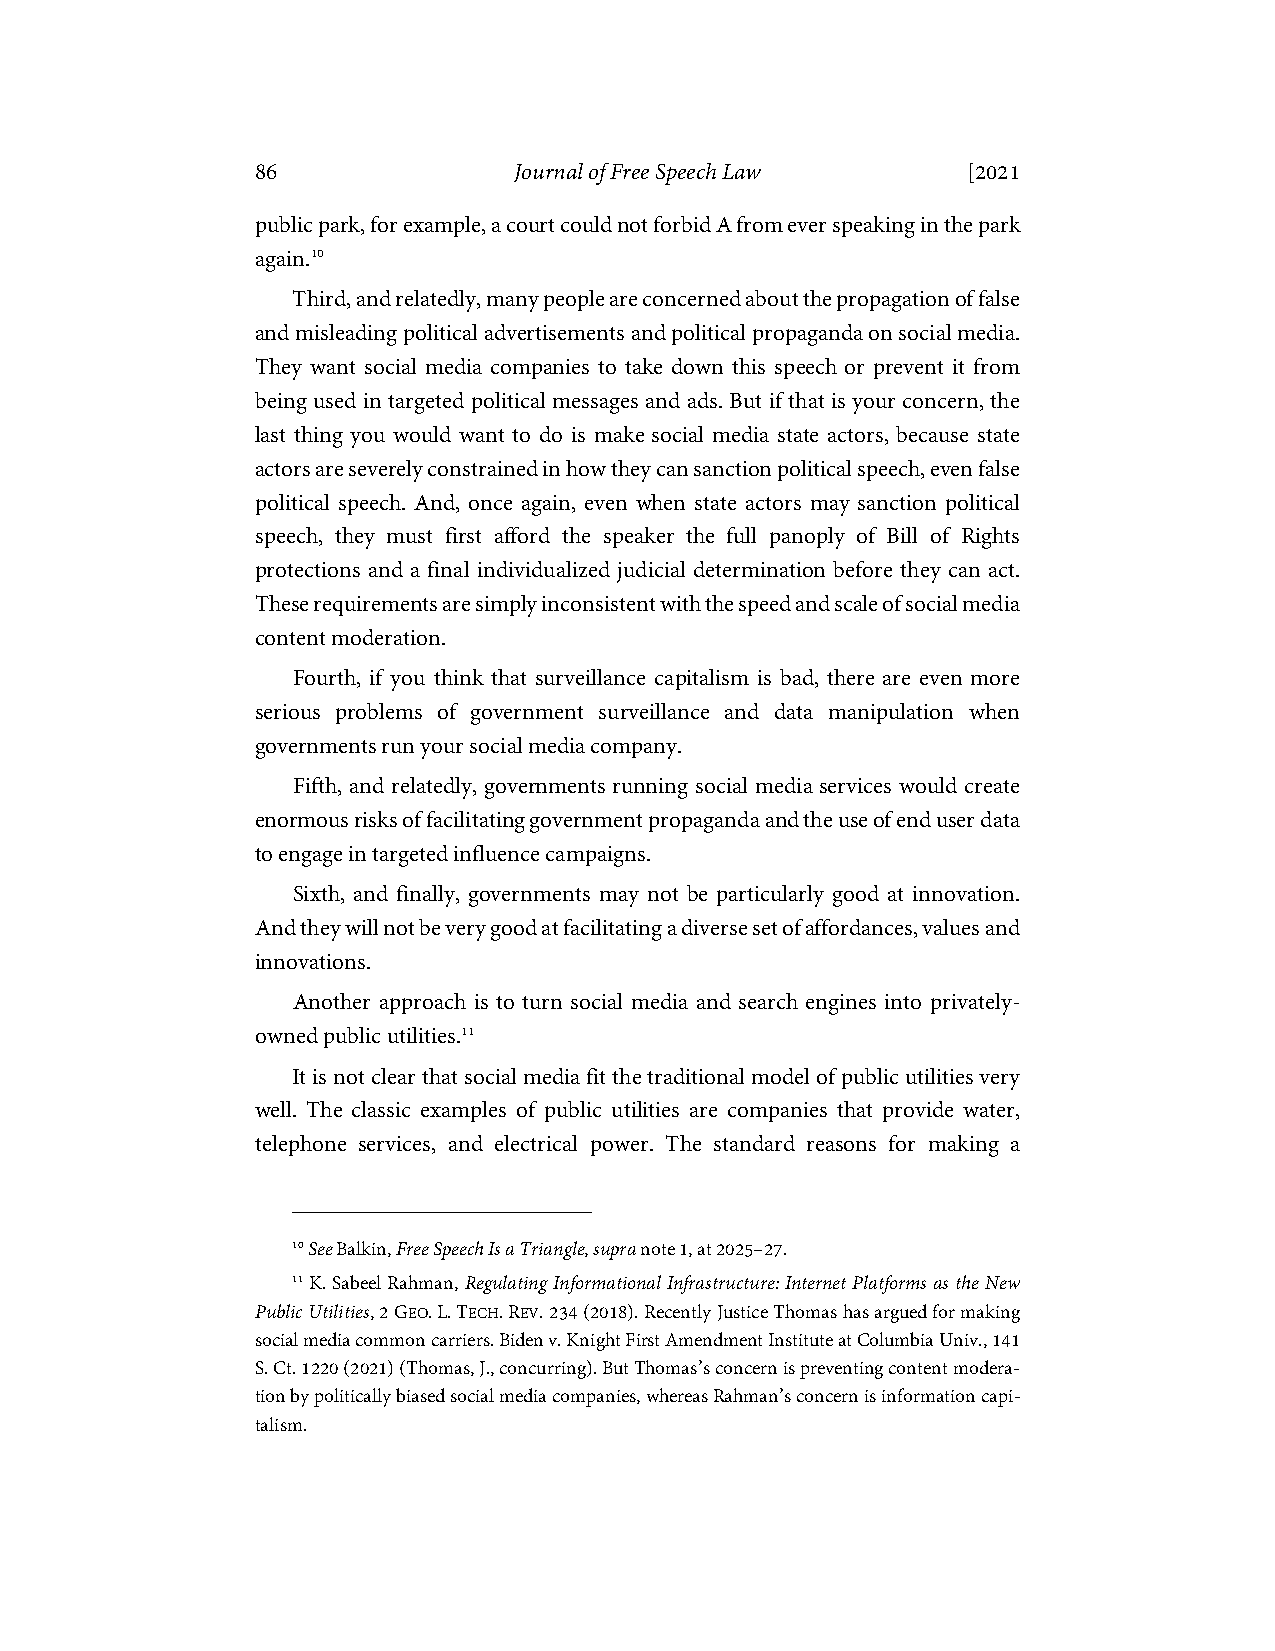
86               Journal of Free Speech Law    [2021
 public park, for example, a court could not forbid A from ever speaking in the park
 again.10
 Third, and relatedly, many people are concerned about the propagation of false
 and misleading political advertisements and political propaganda on social media.
 They want social media companies to take down this speech or prevent it from
 being used in targeted political messages and ads. But if that is your concern, the
 last thing you would want to do is make social media state actors, because state
 actors are severely constrained in how they can sanction political speech, even false
 political speech. And, once again, even when state actors may sanction political
 speech, they must first afford the speaker the full panoply of Bill of Rights
 protections and a final individualized judicial determination before they can act.
 These requirements are simply inconsistent with the speed and scale of social media
 content moderation.
 Fourth, if you think that surveillance capitalism is bad, there are even more
 serious problems of government surveillance and data manipulation when
 governments run your social media company.
 Fifth, and relatedly, governments running social media services would create
 enormous risks of facilitating government propaganda and the use of end user data
 to engage in targeted influence campaigns.
 Sixth, and finally, governments may not be particularly good at innovation.
 And they will not be very good at facilitating a diverse set of affordances, values and
 innovations.
 Another approach is to turn social media and search engines into privately-
 owned public utilities.11
 It is not clear that social media fit the traditional model of public utilities very
 well. The classic examples of public utilities are companies that provide water,
 telephone services, and electrical power. The standard reasons for making a
 10 See Balkin, Free Speech Is a Triangle, supra note 1, at 2025–27.
 11 K. Sabeel Rahman, Regulating Informational Infrastructure: Internet Platforms as the New
 Public Utilities, 2 GEO. L. TECH. REV. 234 (2018). Recently Justice Thomas has argued for making
 social media common carriers. Biden v. Knight First Amendment Institute at Columbia Univ., 141
 S. Ct. 1220 (2021) (Thomas, J., concurring). But Thomas’s concern is preventing content modera-
 tion by politically biased social media companies, whereas Rahman’s concern is information capi-
 talism.